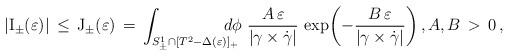
LaTeX: \begin{align*}|{\rm I}_\pm(\varepsilon)| \,\le\, {\rm J}_\pm(\varepsilon) \,=\, \int_{S^1_\pm\cap[T^2 - \Delta(\varepsilon)]_+}\mskip-20mu d\phi\,\,\frac{ A\,\varepsilon}{|\gamma\times\dot{\gamma}|}\, \exp{\!\left(-\frac{B\,\varepsilon}{|\gamma\times\dot{\gamma}|}\right)}\,,A,B\,>\, 0\,, \end{align*}